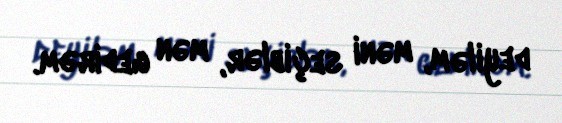
deyiləm, məni seçiblər, mən gedirəm.